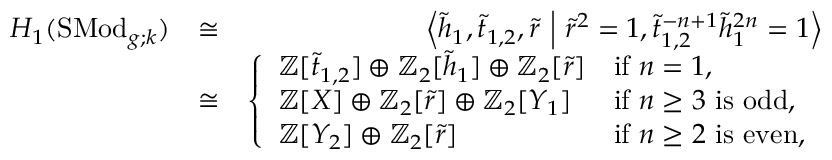
\begin{array} { r l r } { H _ { 1 } ( \mathrm { S M o d } _ { g ; k } ) } & { \cong } & { \left< \widetilde { h } _ { 1 } , \widetilde { t } _ { 1 , 2 } , \widetilde { r } \ \middle | \ \widetilde { r } ^ { 2 } = 1 , \widetilde { t } _ { 1 , 2 } ^ { - n + 1 } \widetilde { h } _ { 1 } ^ { 2 n } = 1 \right> } \\ & { \cong } & { \left\{ \begin{array} { l l } { \mathbb { Z } [ \widetilde { t } _ { 1 , 2 } ] \oplus \mathbb { Z } _ { 2 } [ \widetilde { h } _ { 1 } ] \oplus \mathbb { Z } _ { 2 } [ \widetilde { r } ] } & { \mathrm { i f ~ } n = 1 , } \\ { \mathbb { Z } [ X ] \oplus \mathbb { Z } _ { 2 } [ \widetilde { r } ] \oplus \mathbb { Z } _ { 2 } [ Y _ { 1 } ] } & { \mathrm { i f ~ } n \geq 3 \mathrm { ~ i s ~ o d d } , } \\ { \mathbb { Z } [ Y _ { 2 } ] \oplus \mathbb { Z } _ { 2 } [ \widetilde { r } ] } & { \mathrm { i f ~ } n \geq 2 \mathrm { ~ i s ~ e v e n } , } \end{array} \right. } \end{array}